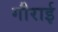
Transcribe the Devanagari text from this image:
गौराई